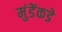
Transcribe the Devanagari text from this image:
मुंडेंकडे